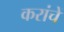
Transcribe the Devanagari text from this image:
करांचें